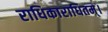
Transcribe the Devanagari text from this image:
राधिकाराधितम्।